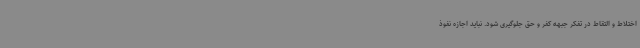
اختلاط و التقاط در تفکر جبهه کفر و حق جلوگیری شود. نباید اجازه نفوذ